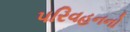
પરિવહનનો